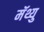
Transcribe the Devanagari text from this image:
मॅथ्यु